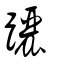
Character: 躧